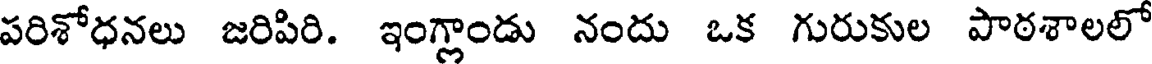
పరిశోధనలు జరిపిరి. ఇంగ్లాండు నందు ఒక గురుకుల పాఠశాలలో